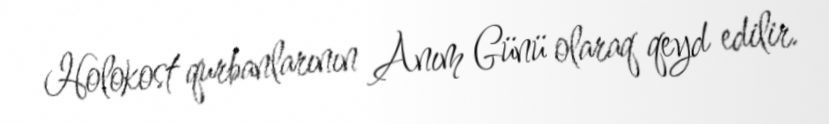
Holokost qurbanlarının Anım Günü olaraq qeyd edilir.